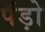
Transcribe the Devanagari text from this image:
पॅंड़ो